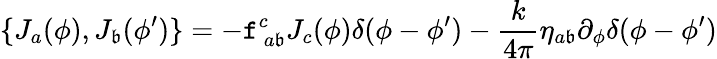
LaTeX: \{ J_{a}(\phi),J_{\mathfrak{b}}(\phi^{\prime})\} =-\mathtt{f}_{~a\mathfrak{b}}^{c}J_{c}(\phi)\delta(\phi-\phi^{\prime})-\frac{{k}}{{4\pi}}\eta_{a\mathfrak{b}}\partial_{\phi}\delta(\phi-\phi^{\prime})